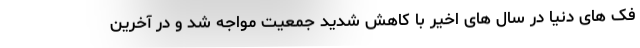
فک های دنیا در سال های اخیر با کاهش شدید جمعیت مواجه شد و در آخرین